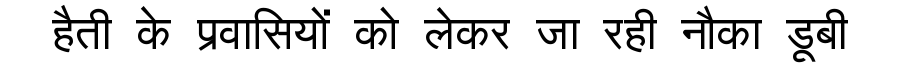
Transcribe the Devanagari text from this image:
हैती के प्रवासियों को लेकर जा रही नौका डूबी